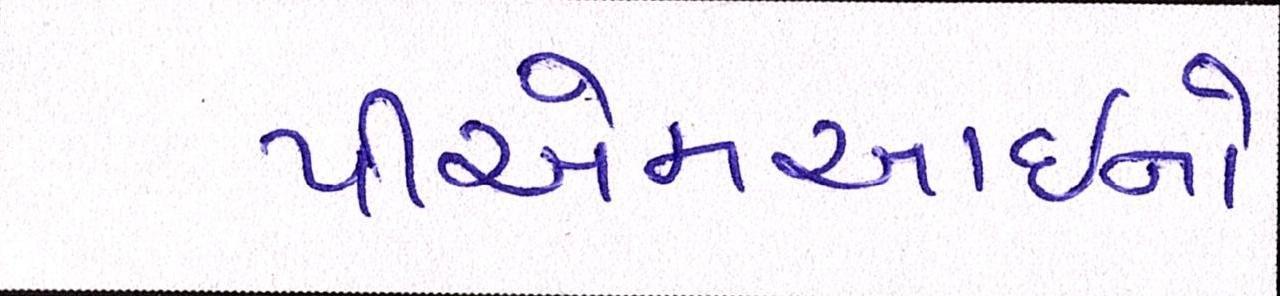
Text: પીએમઆઇનો